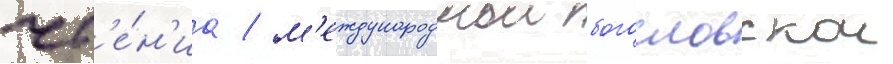
чт'е́н'иа / м'еждународнои богословскои